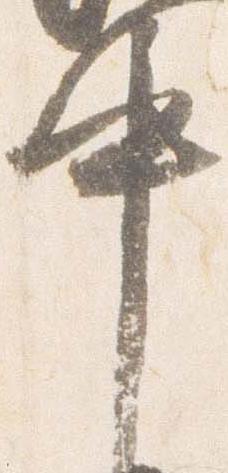
中